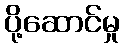
ပို့ဆောင်မှု